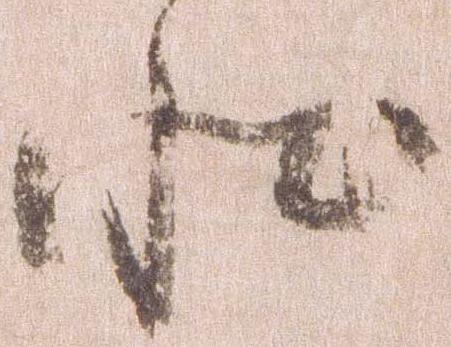
状